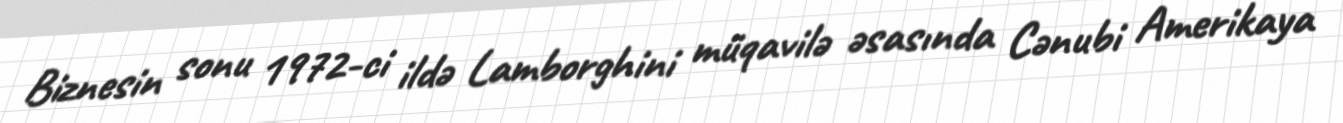
Biznesin sonu 1972-ci ildə Lamborghini müqavilə əsasında Cənubi Amerikaya